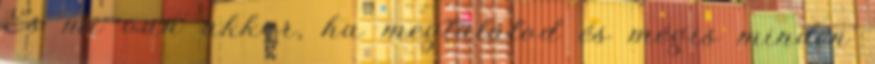
És mi van akkor, ha megtalálod és mégis minden